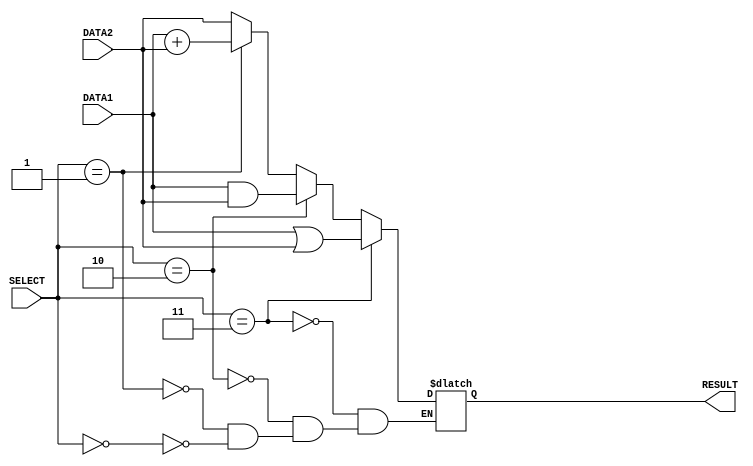

module alu(DATA1, DATA2, RESULT,SELECT);			//ALU
	input [0:7]DATA1;
	input [0:7]DATA2;
	input [0:2]SELECT;						//inputs
	output [0:7]RESULT;						//out put result

	reg [0:7]RESULT;
	always @ (DATA1,DATA2,SELECT)			//done it whe there is a change in values
	begin
		if (SELECT==3'b000) begin			//for the forward
		//for the FOWARD function
			RESULT= DATA2;

		end if (SELECT==3'b001) begin
		//for the ADD and SUB function
			RESULT=DATA1+DATA2;

		end if (SELECT==3'b010) begin
		//for the AND function
			RESULT= DATA1 & DATA2;

		end if(SELECT==3'b011) begin
		//for the OR function
			RESULT=DATA1 | DATA2;

		end 
	end
endmodule